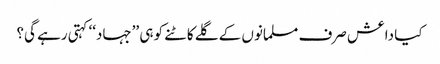
کیا داعش صرف مسلمانوں کے گلے کاٹنے کو ہی ’’جہاد‘‘ کہتی رہے گی؟